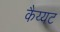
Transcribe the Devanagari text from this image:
कैय्यट